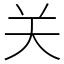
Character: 关